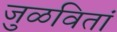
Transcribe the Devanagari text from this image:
जुळवितां